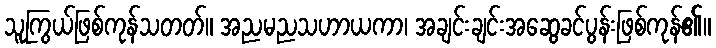
သူကြွယ်ဖြစ်ကုန်သတတ်။ အညမညသဟာယကာ၊ အချင်းချင်းအဆွေခင်ပွန်းဖြစ်ကုန်၏။